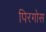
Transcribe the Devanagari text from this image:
पिरगोस